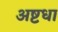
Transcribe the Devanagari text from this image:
अष्टधा